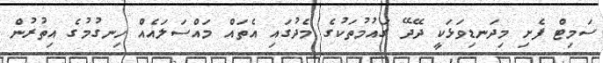
ސަމިޓް ފެށި މިދަނޑިވަޅަކީ ދޭދޭ ގައުމުތަކުގެ މެދުގައި އެތައް މައްސަލައެއް ހިނގުމުގެ އިތުރުން